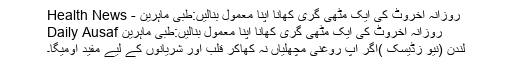
روزانہ اخروٹ کی ایک مٹھی گری کھانا اپنا معمول بنالیں:طبی ماہرین - Health News
روزانہ اخروٹ کی ایک مٹھی گری کھانا اپنا معمول بنالیں:طبی ماہرین Daily Ausaf
لندن (نیو زڈیسک )اگر آپ روغنی مچھلیاں نہ کھاکر قلب اور شریانوں کے لیے مفید اومیگا۔